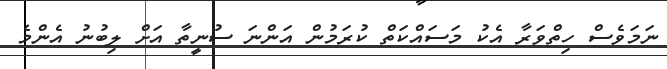
ނަމަވެސް ހިތްވަރާ އެކު މަސައްކަތް ކުރަމުން އަންނަ ސުނީތާ އަށް ލިބުނު އެންމެ